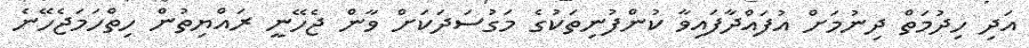
އަދި ހިދުމަތް ދިނުމަށް އުފައްދާފައިވާ ކުންފުނިތަކުގެ މަގުސަދަކަށް ވާން ޖެހޭނީ ރައްޔިތުން ހިތްހަމަޖެހޭނެ